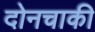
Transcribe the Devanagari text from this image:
दोनचाकी